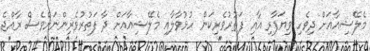
މެލޭޝިއާއަށް ދިވެހި ވިޔަފާރި އާއި ފަތުރުވެރިކަން ހުޅުވާލާއި މެލޭޝިއާއަށް ދާ ފަތުރުވެރިންނަށްވެސް ރާއްޖެ